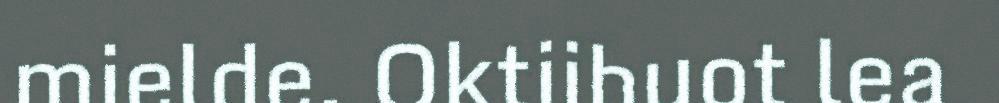
mielde. Oktiibuot lea